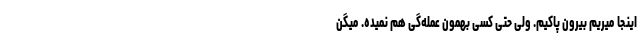
اینجا میریم بیرون پاکیم. ولی حتی کسی بهمون عمله‌گی هم نمیده. میگن